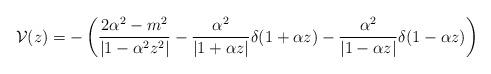
LaTeX: \begin{align*}{\cal V}(z)= - \left(\frac{2\alpha ^2-m^2}{|1 - \alpha^2 z^2 |}- \frac{\alpha ^2}{|1 + \alpha z |}\delta (1 + \alpha z) - \frac{\alpha ^2}{|1 - \alpha z |} \delta (1-\alpha z) \right)\end{align*}